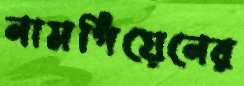
নামগিয়েনের